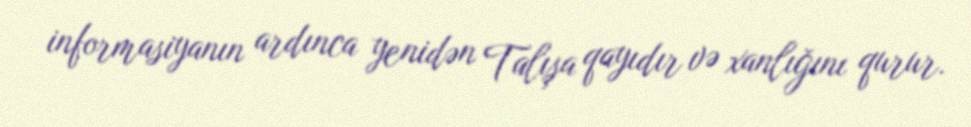
informasiyanın ardınca yenidən Talışa qayıdır və xanlığını qurur.